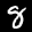
Label: 8